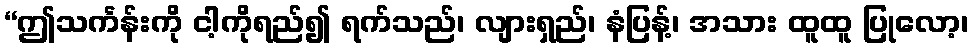
“ဤသင်္ကန်းကို ငါ့ကိုရည်၍ ရက်သည်၊ လျားရှည်၊ နံပြန့်၊ အသား ထူထူ ပြုလော့၊